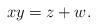
LaTeX: \begin{align*} xy = z + w. \end{align*}